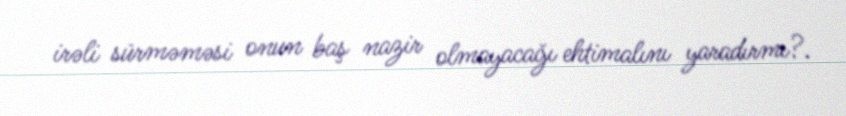
irəli sürməməsi onun baş nazir olmayacağı ehtimalını yaradırmı?.